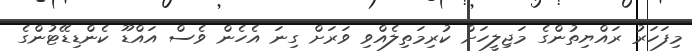
މިފަހަރު ރައްޔިތުންގެ މަޖިލީހަށް ކުރިމަތިލެއްވި ވަރަށް ގިނަ އެހެން ވެސް އައްޑޫ ކެންޑިޑޭޓުންގެ